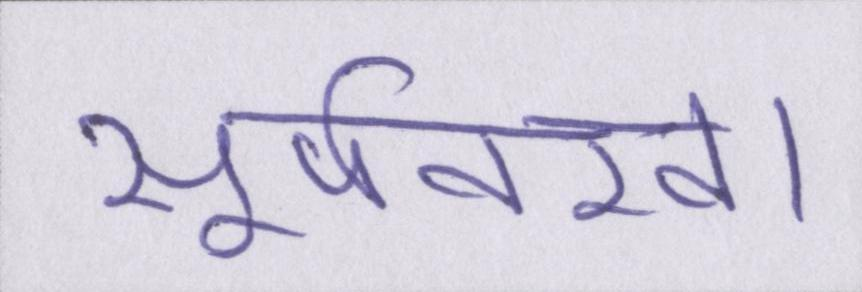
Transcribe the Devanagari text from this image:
सूर्पनखा